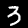
Label: 3